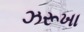
ઝરૂખા